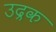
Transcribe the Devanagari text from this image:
उद्रक